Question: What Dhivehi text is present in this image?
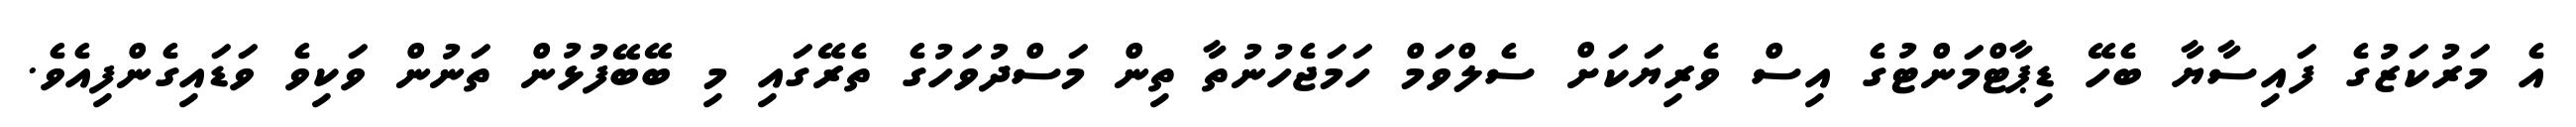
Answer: އެ މަރުކަޒުގެ ފައިސާޔާ ބެހޭ ޑިޕާޓްމަންޓުގެ އިސް ވެރިޔަކަށް ސެލްވަމް ހަމަޖެހުނުތާ ތިން މަސްދުވަހުގެ ތެރޭގައި މި ބޭބޭފުޅުން ތަނުން ވަކިވެ ވަޑައިގެންފިއެވެ.